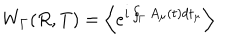
W _ { \Gamma } ( R , T ) = \left\langle e ^ { i \oint _ { \Gamma } A _ { \mu } ( t ) d t _ { \mu } } \right\rangle